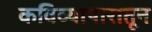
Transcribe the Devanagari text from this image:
कविव्यापारातून